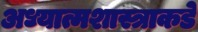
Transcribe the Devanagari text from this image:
अध्यात्मशास्त्राकडे